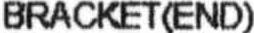
BRACKET(END)